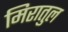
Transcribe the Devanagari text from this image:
मिरातुल